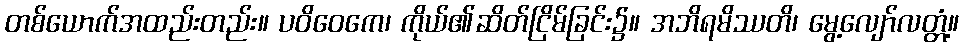
တစ်ယောက်အထည်းတည်း။ ပဝိဝေကေ၊ ကိုယ်၏ဆိတ်ငြိမ်ခြင်း၌။ အဘိရမိဿတိ၊ မွေ့လျော်လတ္တံ့။